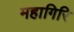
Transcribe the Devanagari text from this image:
महागिरि